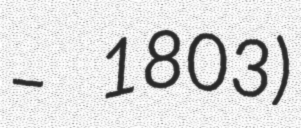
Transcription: – 1803)